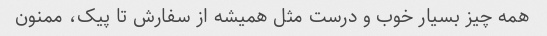
همه چیز بسیار خوب و درست مثل همیشه از سفارش تا پیک، ممنون